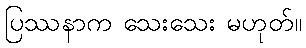
ပြဿနာက သေးသေး မဟုတ်။